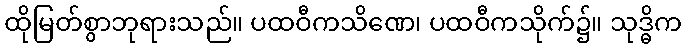
ထိုမြတ်စွာဘုရားသည်။ ပထဝီကသိဏေ၊ ပထဝီကသိုက်၌။ သုဒ္ဓိက